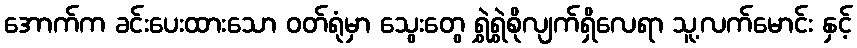
အောက်က ခင်းပေးထားသော ဝတ်ရုံမှာ သွေးတွေ ရွှဲရွှဲစိုလျက်ရှိလေရာ သူ့လက်မောင်း နှင့်